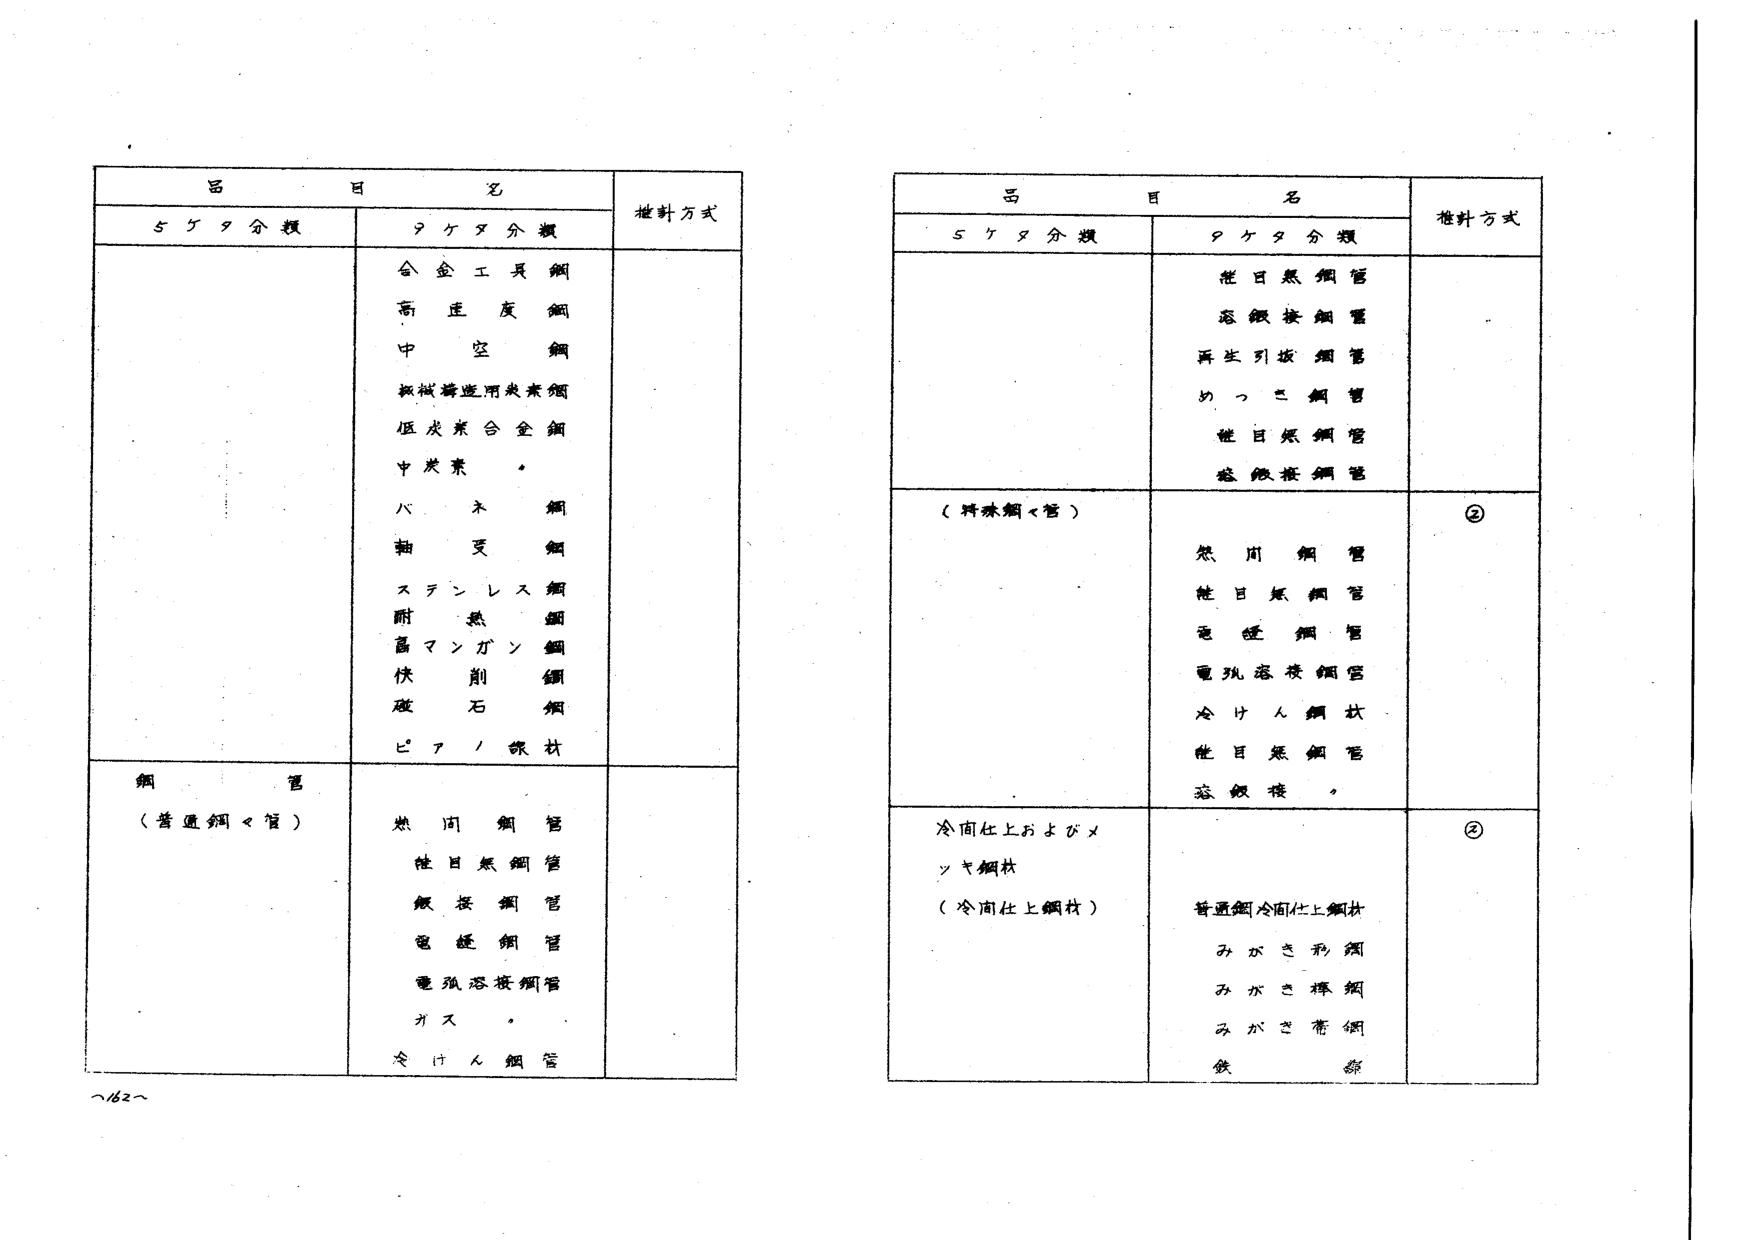
品目名
5ケタ分類
9ケタ分類
検針方式
合金工具鋼
高炭度鋼
中空鋼
鉄鉱精選用炭素鋼
低炭素合金鋼
中炭素鋼
バネ鋼
軸受鋼
ステンレス鋼
耐熱鋼
高マンガン鋼
快削鋼
磁石鋼
ピアノ線材
鋼管
（普通鋼管）
熱間鋼管
能日熱鋼管
銀接鋼管
電鍍鋼管
電弧溶接鋼管
ガス鋼管
冷けん鋼管
品目名
5ケタ分類
9ケタ分類
検針方式
能日熱鋼管
溶銀接鋼管
再生引抜鋼管
めっき鋼管
能日熱鋼管
溶銀接鋼管
（特殊鋼管）
熱間鋼管
能日熱鋼管
電鍍鋼管
電弧溶接鋼管
冷けん鋼材
能日熱鋼管
溶銀接鋼管
②
冷間仕上およびメッキ鋼材
（冷間仕上鋼材）
普通鋼冷間仕上鋼材
みがき彩鋼
みがき棒鋼
みがき帯鋼
鉄線
②
～62～